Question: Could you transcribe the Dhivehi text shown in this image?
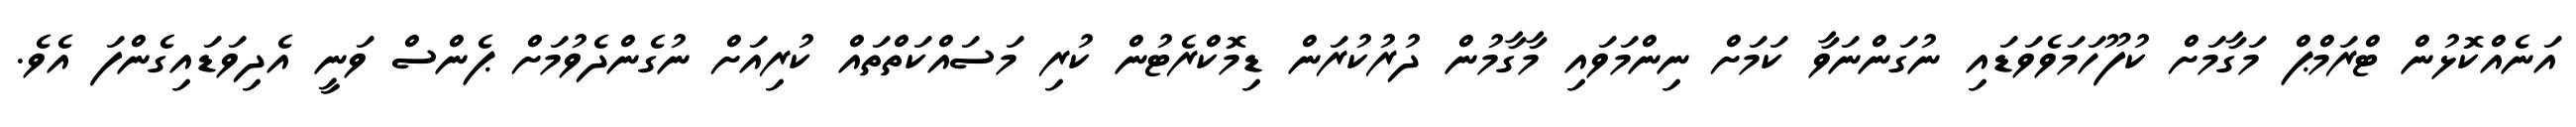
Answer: އަނެއްކޮޅުން ޓްރަމްޕް މަގާމަށް ކުފޫހަމަވެވަޑައި ނުގަންނަވާ ކަމަށް ނިންމަވައި މާގާމުން ދުރުކުރަން ޑިމޮކްރެޓުން ކުރި މަސައްކަތްތައް ކުރިއަށް ނުގެންދެވުމަށް ޕެންސް ވަނީ އެދިވަޑައިގެންފަ އެވެ.